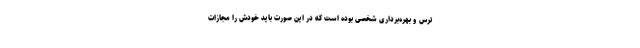
ترس و بهره‌برداری شخصی بوده است که در این صورت باید خودش را مجازات